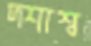
দশাশ্ব